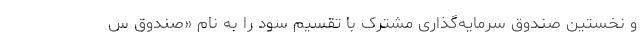
و نخستین صندوق سرمایه‌گذاری مشترک با تقسیم سود را به نام «صندوق س